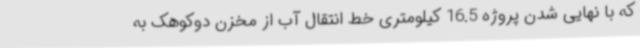
که با نهایی شدن پروژه 16.5 کیلومتری خط انتقال آب از مخزن دوکوهک به